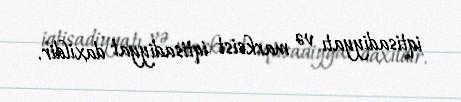
iqtisadiyyatı və marksist iqtisadiyyat daxildir.